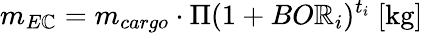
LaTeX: m_{E\mathbb{C}}=m_{cargo}\cdot\Pi{(1+BO\mathbb{R}_{i})^{t_{i}}}\ [\mathrm{{kg}}]